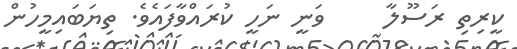
ކީރިތި ރަސޫލާ     ވަނީ ނަހީ ކުރައްވާފައެވެ. ތިޔަބައިމީހުން